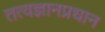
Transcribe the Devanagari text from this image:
तत्वज्ञानप्रधान